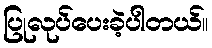
ပြုလုပ်ပေးခဲ့ပါတယ်။